Medical and sanitary report of the native army of Madras for the year
Year: 1872
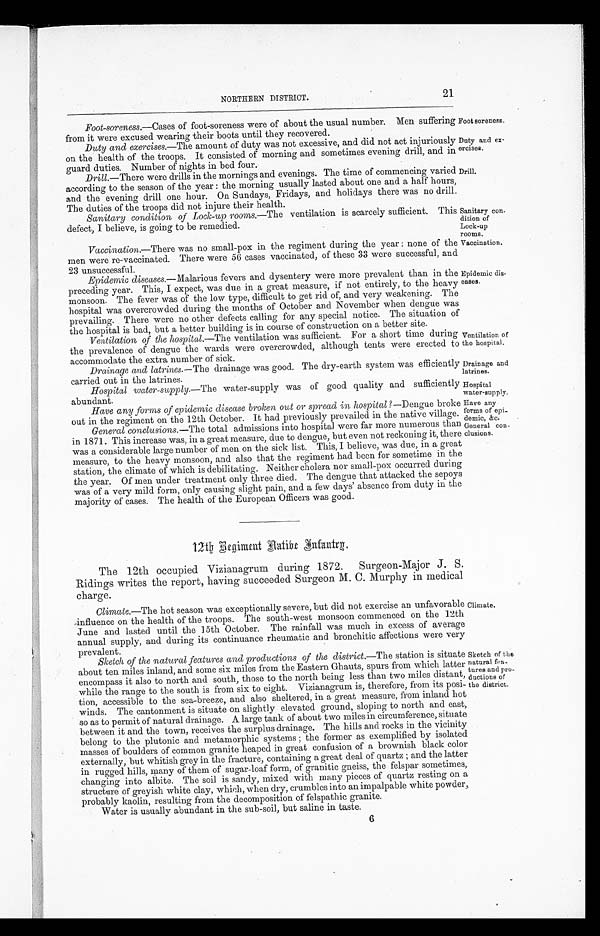
Foot soreness.
Duty and ex
-ercises.
Drill.
Sanitary con
-dition of
Lock-up
rooms.
Vaccination.
Epidemic dis
-eases.
Ventilation of
the hospital.
Drainage and
latrines.
Hospital
water-supply.
Have any
forms of epi
-demic. &c.
General con
-clusions.
21
NORTHERN DISTRICT.
Foot-soreness.—Cases of foot-soreness were of about the usual number. Men suffering
from it were excused wearing their boots until they recovered.
Duty and exercises.—The amount of duty was not excessive, and did not act injuriously
on the health of the troops. It consisted of morning and sometimes evening drill, and in
guard duties. Number of nights in bed four.
Drill .—There were drills in the mornings and evenings. The time of commencing varied
according to the season of the year: the morning usually lasted about one and a half hours,
and the evening drill one hour. On Sundays, Fridays, and holidays there was no drill.
The duties of the tromps did not injure their health.
Sanitary condition of Lock-up rooms.—The ventilation is scarcely sufficient. This
defect, I believe, is going to be remedied.
Vaccination.— There was no small-pox in the regiment during the year: none of the
men were re-vaccinated. There were 56 cases vaccinated, of these 33 were successful, and
23 unsuccessful.
Epidemic diseases .—Malarious fevers and dysentery were more prevalent than in the
preceding year. This, I expect, was due in a great measure, if not entirely, to the heavy
monsoon. The fever was of the low type, difficult to get rid of, and very weakening. The
hospital was overcrowded during the months of October and November when dengue was
prevailing. There were no other defects calling for any special notice. The situation of
the hospital is bad, but a better building is in course of construction on a better site.
Ventilation of the hospital.—The ventilation was sufficient. For a short time during
the prevalence of dengue the wards were overcrowded, although tents were erected to
accommodate the extra number of sick.
Drainage and latrines.— The drainage was good. The dry-earth system was efficiently
carried out in the latrines.
Hospital water-supply.— The water-supply was of good quality and sufficiently
abundant.
Have any forms of epidemic disease broken out or spread in hospital ?—Dengue broke
out in the regiment on the 12th October. It had previously prevailed in the native village.
General conclusions.— The total admissions into hospital were far more numerous than
in 1871. This increase was, in a great measure, due to dengue, but even not reckoning it, there
was a considerable large number of men on the sick list. This, I believe, was due, in a great
measure, to the heavy monsoon, and also that the regiment had been for sometime in the
station, the climate of which is debilitating. Neither cholera nor small-pox occurred during
the year. Of men under treatment only three died. The dengue that attacked the sepoys
was of a very mild form, only causing slight pain, and a few days' absence from duty in the
majority of cases. The health of the European Officers was good.
12th Regiment Aatibe Infantry.
The 12th occupied Vizianagrum during 1872. Surgeon-Major J . S.
Ridings writes the report, having succeeded Surgeon M. C. Murphy in medical
charge.
Climate.—The hot season was exceptionally severe, but did not exercise an unfavorable
influence on the health of the troops. The south-west monsoon commenced on the 12th
June and lasted until the 15th October. The rainfall was much in excess of average
annual supply, and during its continuance rheumatic and bronchitic affections were very
prevalent.
Sketch of the natural features and productions of the district.— The station is situate
about ten miles inland, and some six miles from the Eastern Ghauts, spurs from which latter
encompass it also to north and south, those to the north being less than two miles distant,
while the range to the south is from six to eight. Vizianagrum is, therefore, from its posi
-tion, accessible to the sea-breeze, and also sheltered, in a great measure, from inland hot
winds. The cantonment is situate on slightly elevated ground, sloping to north and east,
so as to permit of natural drainage. A large tank of about two miles in circumference, situate
between it and the town, receives the surplus drainage. The hills and rocks in the vicinity
belong to the plutonic and metamorphic systems; the former as exemplified by isolated
masses of boulders of common granite heaped in great confusion of a brownish black color
externally, but whitish grey in the fracture, containing a great deal of quartz; and the latter
in rugged hills, many of them of sugar-loaf form, of granitic gneiss, the felspar sometimes,
changing into albite. The soil is sandy, mixed with many pieces of quartz resting on a
structure of greyish white clay, which, when dry, crumbles into an impalpable white powder,
probably kaolin, resulting from the decomposition of felspathic granite.
Water is usually abundant in the sub-soil, but saline in taste.
Climate.
Sketch of the
natural fea
-tures and pro
-ductions of
the district.
6